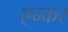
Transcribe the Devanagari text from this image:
एन्कर